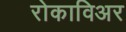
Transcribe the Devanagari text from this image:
रोकाविअर